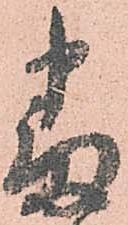
番